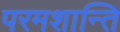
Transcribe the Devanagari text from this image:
परमशान्ति